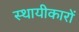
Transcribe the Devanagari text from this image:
स्थायीकारों